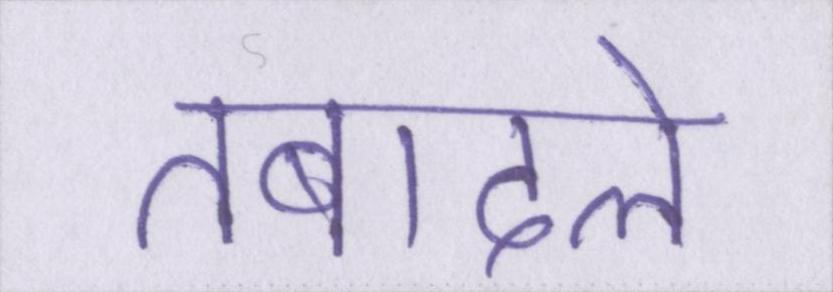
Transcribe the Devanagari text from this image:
तबादले